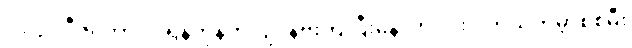
၁၉၄၁ ဒီဇင်ဘာလ ရန်ကုန်ကို ဂျပန်ဗုံးကျပြီးနောက်ပိုင်း ဒုတိယကမ္ဘာစစ်မီး